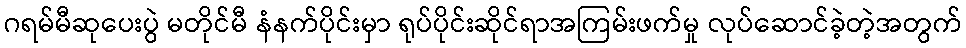
ဂရမ်မီဆုပေးပွဲ မတိုင်မီ နံနက်ပိုင်းမှာ ရုပ်ပိုင်းဆိုင်ရာအကြမ်းဖက်မှု လုပ်ဆောင်ခဲ့တဲ့အတွက်